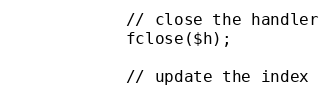
Language: PHP
            // close the handler
            fclose($h);

            // update the index